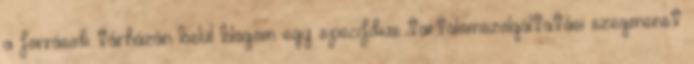
a források tárházán belül blogom egy specifikus tartalomszolgáltatási szegmenst